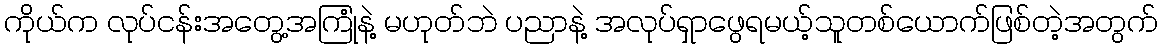
ကိုယ်က လုပ်ငန်းအတွေ့အကြုံနဲ့ မဟုတ်ဘဲ ပညာနဲ့ အလုပ်ရှာဖွေရမယ့်သူတစ်ယောက်ဖြစ်တဲ့အတွက်